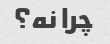
چرا نه؟